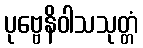
ပုဗ္ဗေနိဝါသသုတ္တံ